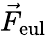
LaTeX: \vec{F}_{\mathrm{eul}}